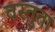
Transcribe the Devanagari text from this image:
वस्तुता